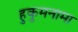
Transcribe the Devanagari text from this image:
हुकुमनामा